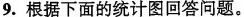
9.根据下面的统计图回答问题。